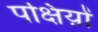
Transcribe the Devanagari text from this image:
पक्षिय़ों